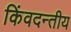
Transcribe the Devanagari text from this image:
किंवदन्तीय